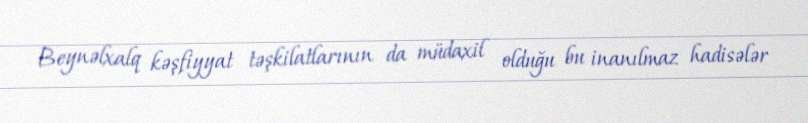
Beynəlxalq kəşfiyyat təşkilatlarının da müdaxil olduğu bu inanılmaz hadisələr